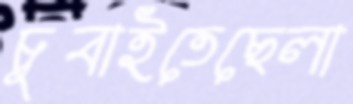
চুবাইতেছেলা